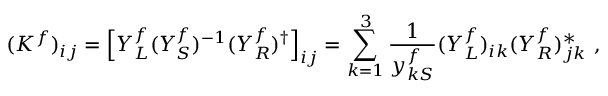
( K ^ { f } ) _ { i j } = \left[ Y _ { L } ^ { f } ( Y _ { S } ^ { f } ) ^ { - 1 } ( Y _ { R } ^ { f } ) ^ { \dagger } \right] _ { i j } = \sum _ { k = 1 } ^ { 3 } \frac { 1 } { y _ { k S } ^ { f } } ( Y _ { L } ^ { f } ) _ { i k } ( Y _ { R } ^ { f } ) _ { j k } ^ { \ast } \ ,